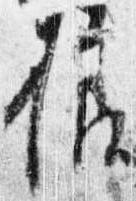
様